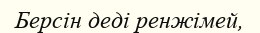
Берсін деді ренжімей,